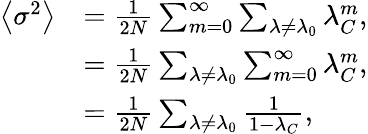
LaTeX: \begin{array}{rl}{\left\langle\sigma^{2}\right\rangle}&{=\frac{1}{2N}\sum_{m=0}^{\infty}\sum_{\lambda\neq\lambda_{0}}{\lambda_{C}^{m}},}\\ &{=\frac{1}{2N}\sum_{\lambda\neq\lambda_{0}}\sum_{m=0}^{\infty}{\lambda_{C}^{m}},}\\ &{=\frac{1}{2N}\sum_{\lambda\neq\lambda_{0}}\frac{1}{1-\lambda_{C}},}\end{array}